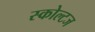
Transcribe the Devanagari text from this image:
स्कोल्टज